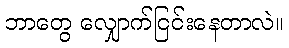
ဘာတွေ လျှောက်ငြင်းနေတာလဲ။